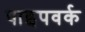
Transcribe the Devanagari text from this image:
पाइपवर्क